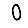
Digit: 0